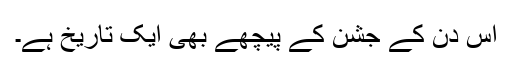
اس دن کے جشن کے پیچھے بھی ایک تاریخ ہے۔